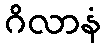
ဂိလာနံ